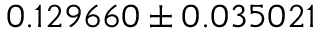
0 . 1 2 9 6 6 0 \pm 0 . 0 3 5 0 2 1